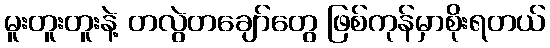
မူးတူးတူးနဲ့ တလွဲတချော်တွေ ဖြစ်ကုန်မှာစိုးရတယ်